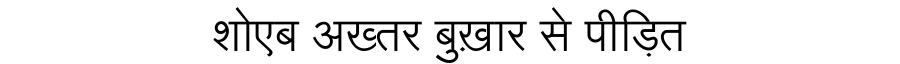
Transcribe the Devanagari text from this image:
शोएब अख्तर बुख़ार से पीड़ित